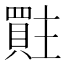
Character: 𮚜